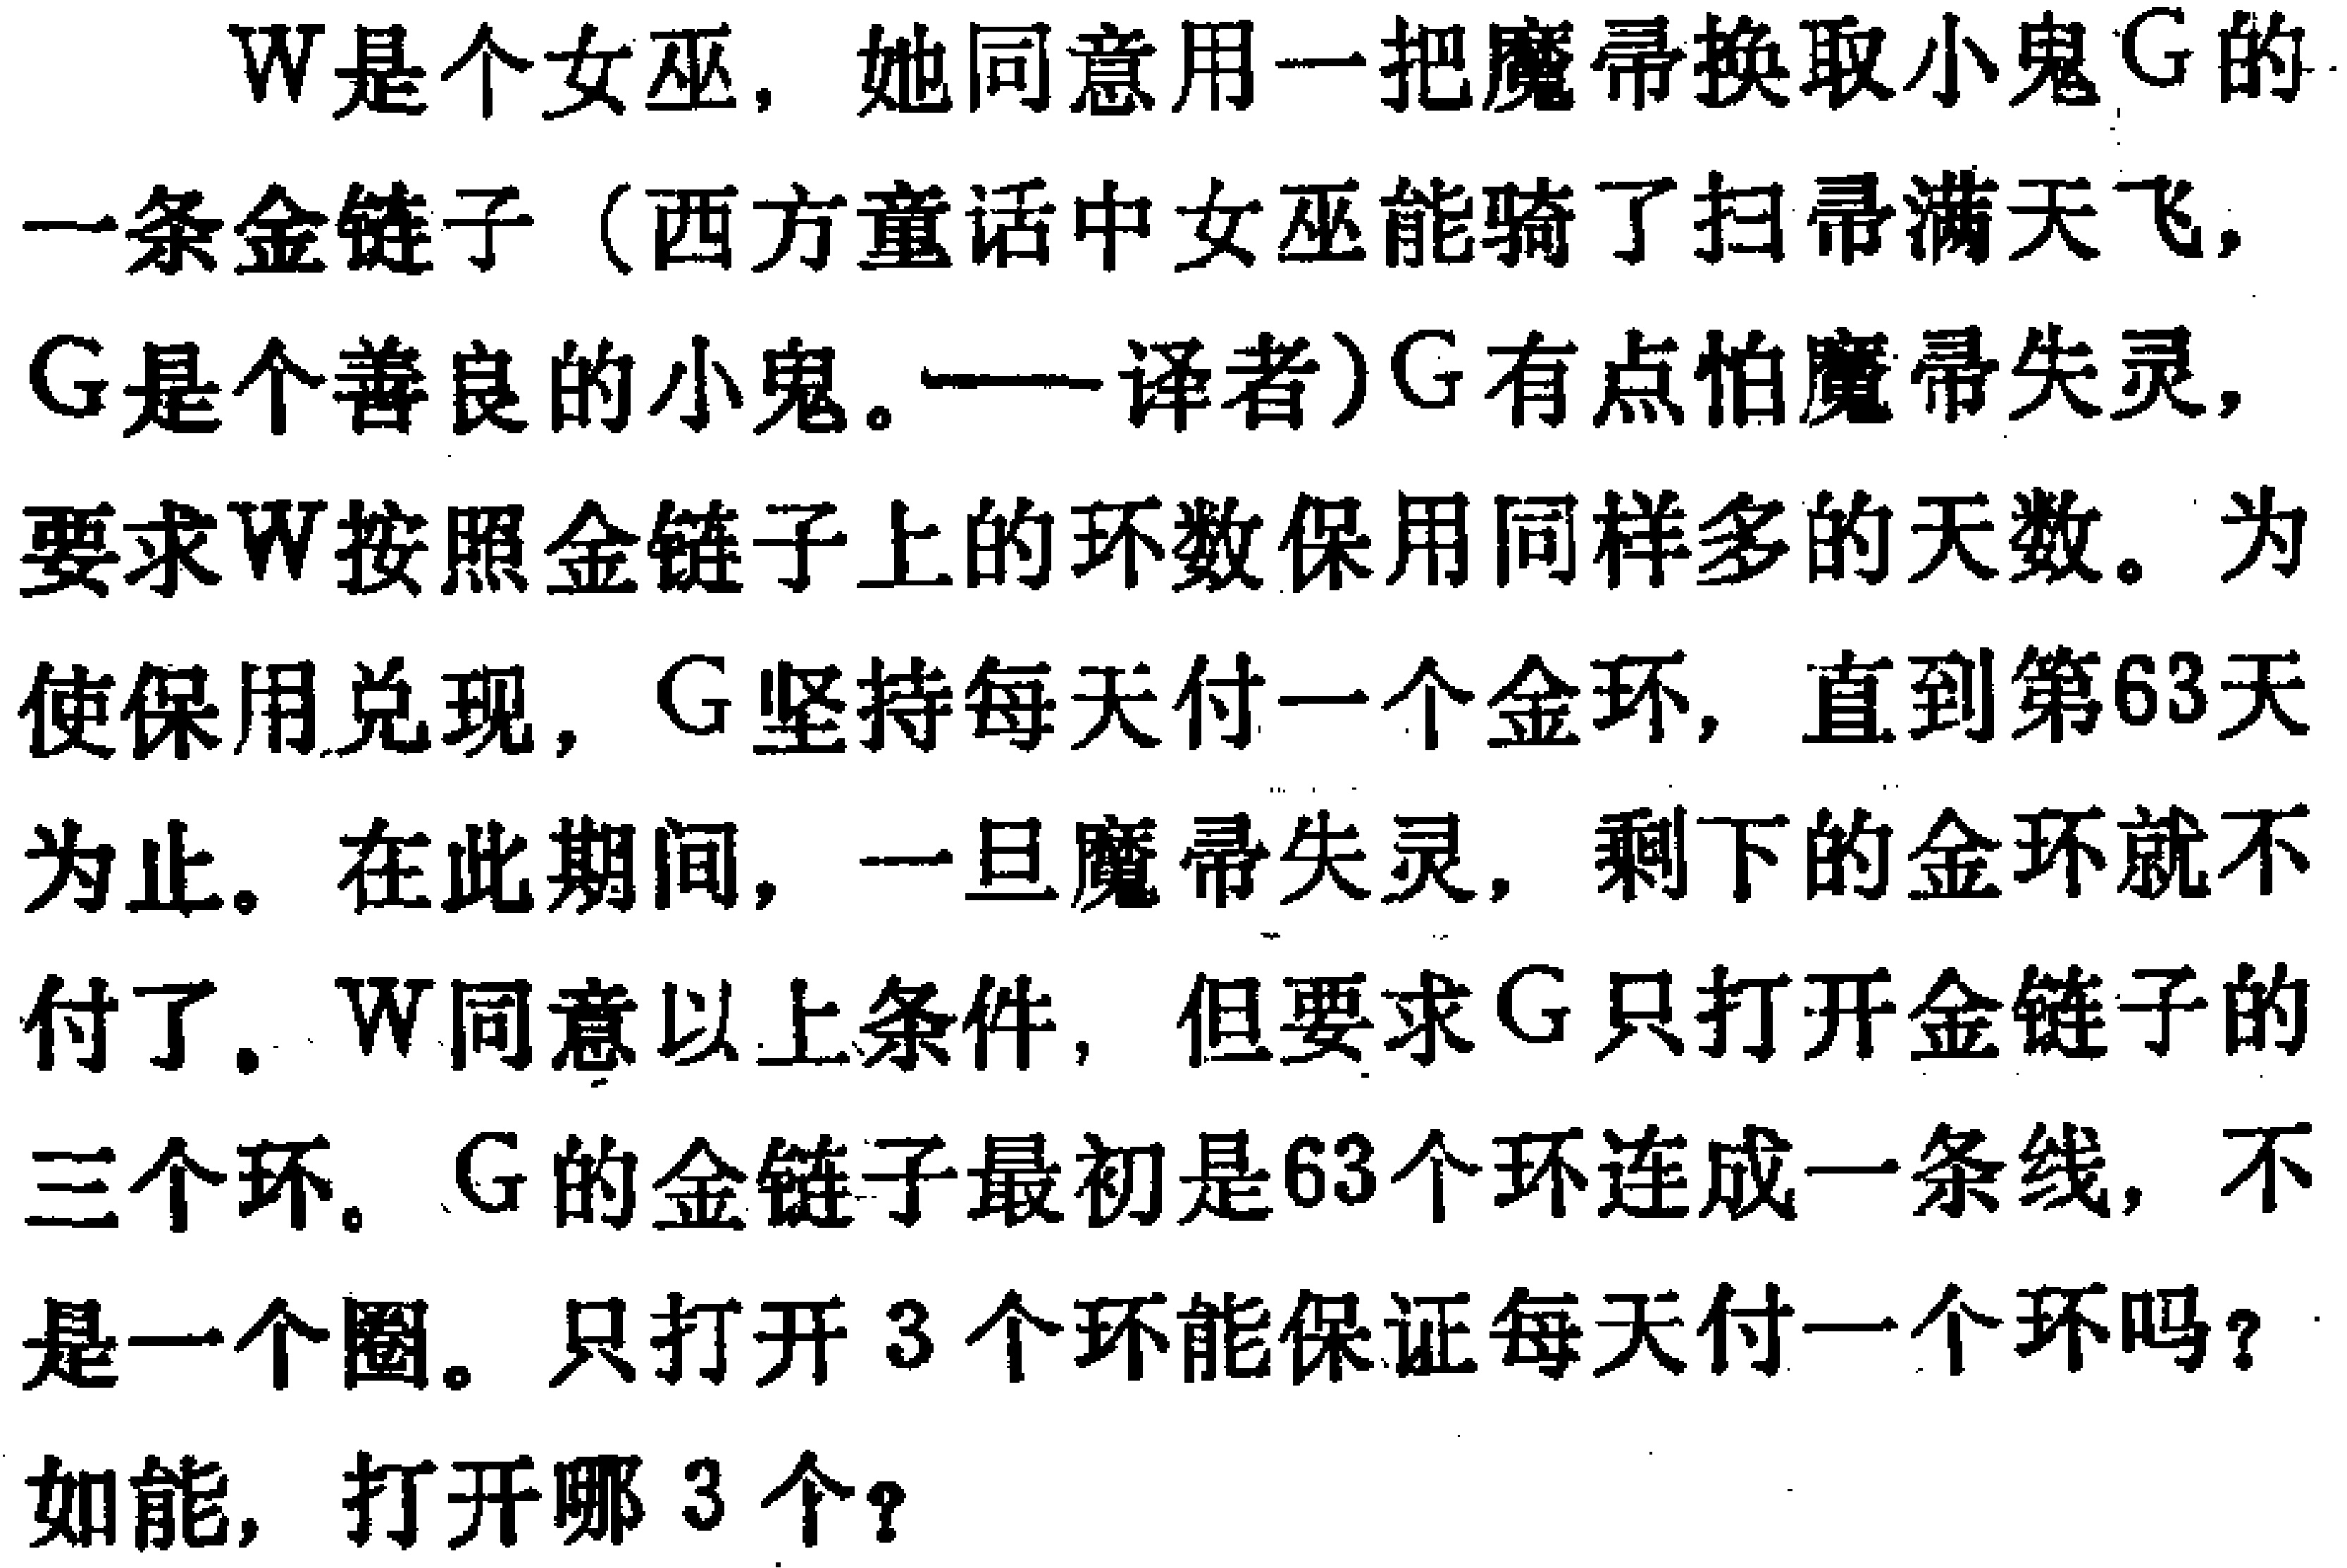
W是个女巫，她同意用一把魔帚换取小鬼G的

一条金链子（西方童话中女巫能骑了扫帚满天飞，

G是个善良的小鬼。——译者）G有点怕魔帚失灵，

要求W按照金链子上的环数保用同样多的天数。为

使保用兑现，G坚持每天付一个金环，直到第63天

为止。在此期间，一旦魔帚失灵，剩下的金环就不

付了。W同意以上条件，但要求G只打开金链子的

三个环。G的金链子最初是63个环连成一条线，不

是一个圈。只打开3个环能保证每天付一个环吗？

如能，打开哪3个？